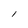
Character: l